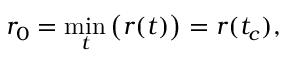
r _ { 0 } = \operatorname* { m i n } _ { t } \big ( r ( t ) \big ) = r ( t _ { c } ) ,